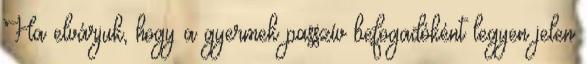
Ha elvárjuk, hogy a gyermek passzív befogadóként legyen jelen